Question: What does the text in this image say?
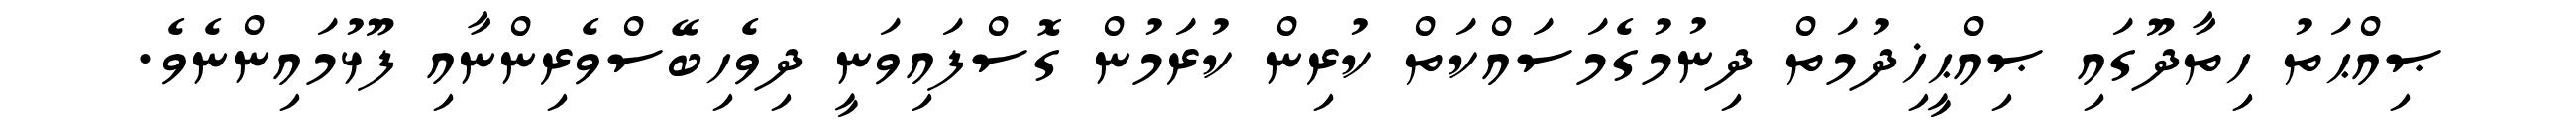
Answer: ޞިއްޙަތު ހިތާދޫގައި ޞިއްޙީޚިދުމަތް ދިނުމުގެމަސައްކަތް ކުރިން ކުރަމުން ގޮސްފައިވަނީ ދިވެހިބޭސްވެރިންނާއި ފޫޅުމައިންނެވެ.